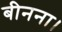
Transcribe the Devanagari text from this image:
बीनना।